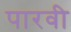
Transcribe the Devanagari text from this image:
पारवी